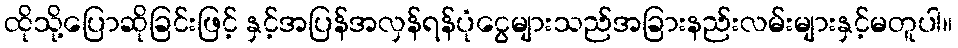
ထိုသို့ပြောဆိုခြင်းဖြင့် နှင့်အပြန်အလှန်ရန်ပုံငွေများသည်အခြားနည်းလမ်းများနှင့်မတူပါ။